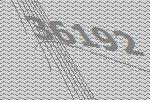
36192